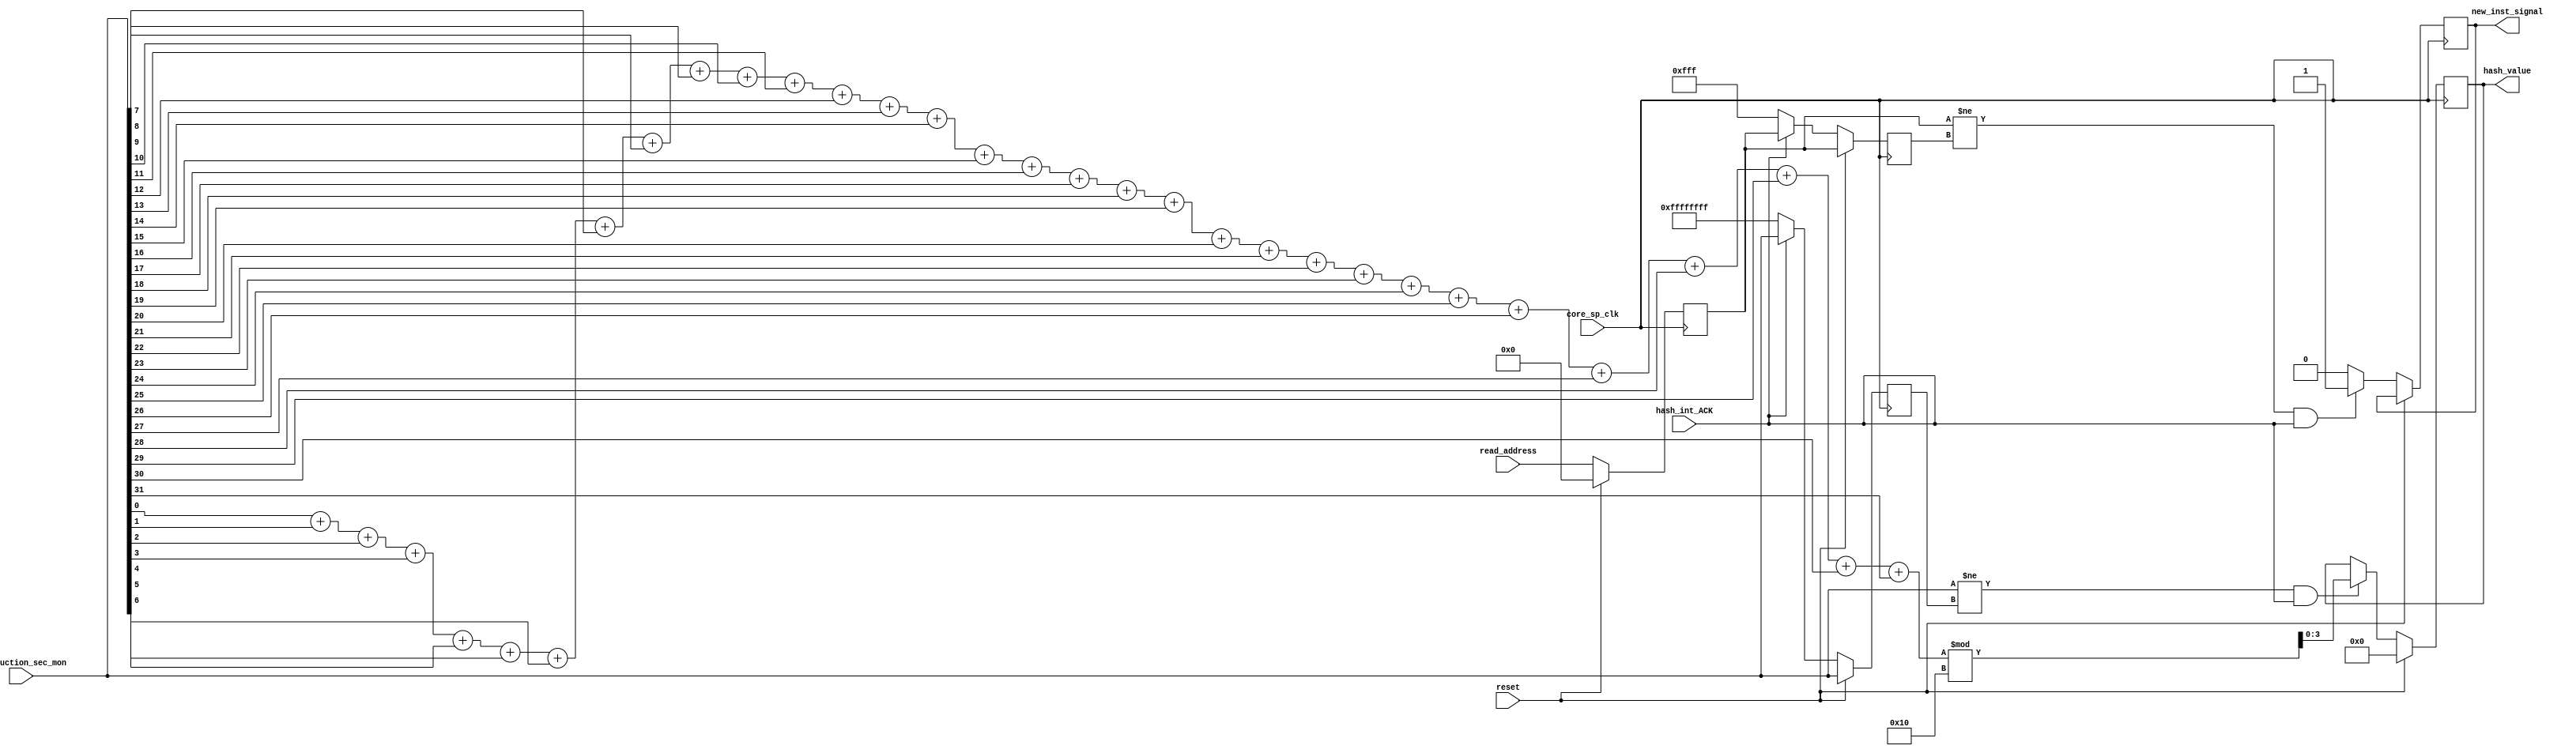
module hash_calculation(
		input core_sp_clk,
		input [31:0] instruction_sec_mon,
		input [13:2] read_address,
		input hash_int_ACK,
		input reset,
		output [3:0] hash_value,
		output new_inst_signal
	);
	
	
	reg [5:0] data;
	reg [3:0] hash_result;
	wire [31:0] instruction_old_value;
	reg [31:0] instruction_old_value_reg;
	//wire new_inst_signal;
	reg new_inst_signal_reg;
	reg [11:0] read_address_reg;
	reg [11:0] read_address_old_value_reg;
	reg new_inst_signal_reg_test;
	
	// Calculating the 4 bit hash value 
	always @ (posedge core_sp_clk) begin
		if(reset) begin
			data = 6'b000000;  
			hash_result = 4'b0000;
			instruction_old_value_reg <= instruction_sec_mon;
			read_address_old_value_reg <= read_address_reg;
		end
		else begin
			if(hash_int_ACK) begin
				instruction_old_value_reg <= instruction_sec_mon;
				read_address_old_value_reg <= read_address_reg;
			end	
			else begin
				instruction_old_value_reg <= 32'hffffffff;
				read_address_old_value_reg <= 12'hfff;
			end	
			if((instruction_sec_mon != instruction_old_value) && (hash_int_ACK)) begin
				data = (( instruction_sec_mon[0] + instruction_sec_mon[1] + instruction_sec_mon[2] + instruction_sec_mon[3] + instruction_sec_mon[4] + instruction_sec_mon[5] + instruction_sec_mon[6] + instruction_sec_mon[7] + instruction_sec_mon[8] + instruction_sec_mon[9] + instruction_sec_mon[10] + instruction_sec_mon[11] + instruction_sec_mon[12] + instruction_sec_mon[13] + instruction_sec_mon[14] + instruction_sec_mon[15] + instruction_sec_mon[16] + instruction_sec_mon[17] + instruction_sec_mon[18] + instruction_sec_mon[19] + instruction_sec_mon[20] + instruction_sec_mon[21]+ instruction_sec_mon[22]+ instruction_sec_mon[23]+ instruction_sec_mon[24]+ instruction_sec_mon[25]+ instruction_sec_mon[26]+ instruction_sec_mon[27]+ instruction_sec_mon[28]+ instruction_sec_mon[29]+ instruction_sec_mon[30]+ instruction_sec_mon[31])); 
				hash_result = (data%16);  
				new_inst_signal_reg = 1'b1;
			end	
			else
				new_inst_signal_reg =1'b0;
				
		if((read_address_reg != read_address_old_value_reg) && (hash_int_ACK)) begin				
				new_inst_signal_reg_test = 1'b1;
		end		
		else
			new_inst_signal_reg_test = 1'b0;

	end
end	
	always@(posedge core_sp_clk) begin
		if(reset) begin
			read_address_reg = 0;
		end
		else begin
			read_address_reg <= read_address;
		end
	end	
		
	
	assign instruction_old_value = instruction_old_value_reg;
	assign hash_value = hash_result;
	//assign new_inst_signal =new_inst_signal_reg;
	assign new_inst_signal =new_inst_signal_reg_test;
	
	endmodule